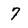
Character: 7